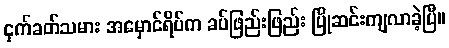
ငှက်ခတ်သမား အမှောင်ရိပ်က ခပ်ဖြည်းဖြည်း ပြိုဆင်းကျလာခဲ့ပြီ။